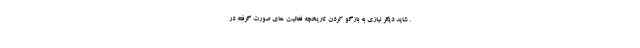
. شاید دیگر نیازی به بازگو کردن تاریخچه فعالیت های صورت گرفته در